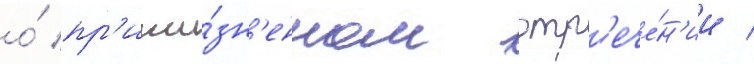
о́ пр'ижи́зн'енном отр'ече́н'ии /